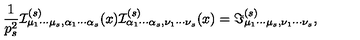
\frac { 1 } { p _ { s } ^ { 2 } } { \cal I } _ { \mu _ { 1 } \cdots \mu _ { s } , \alpha _ { 1 } \cdots \alpha _ { s } } ^ { ( s ) } ( x ) { \cal I } _ { \alpha _ { 1 } \cdots \alpha _ { s } , \nu _ { 1 } \cdots \nu _ { s } } ^ { ( s ) } ( x ) = \Im _ { \mu _ { 1 } \cdots \mu _ { s } , \nu _ { 1 } \cdots \nu _ { s } } ^ { ( s ) } ,